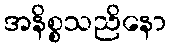
အနိစ္စသညိနော